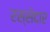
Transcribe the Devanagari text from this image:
रस्सेदार